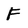
Character: F